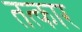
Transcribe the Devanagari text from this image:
तत्कार